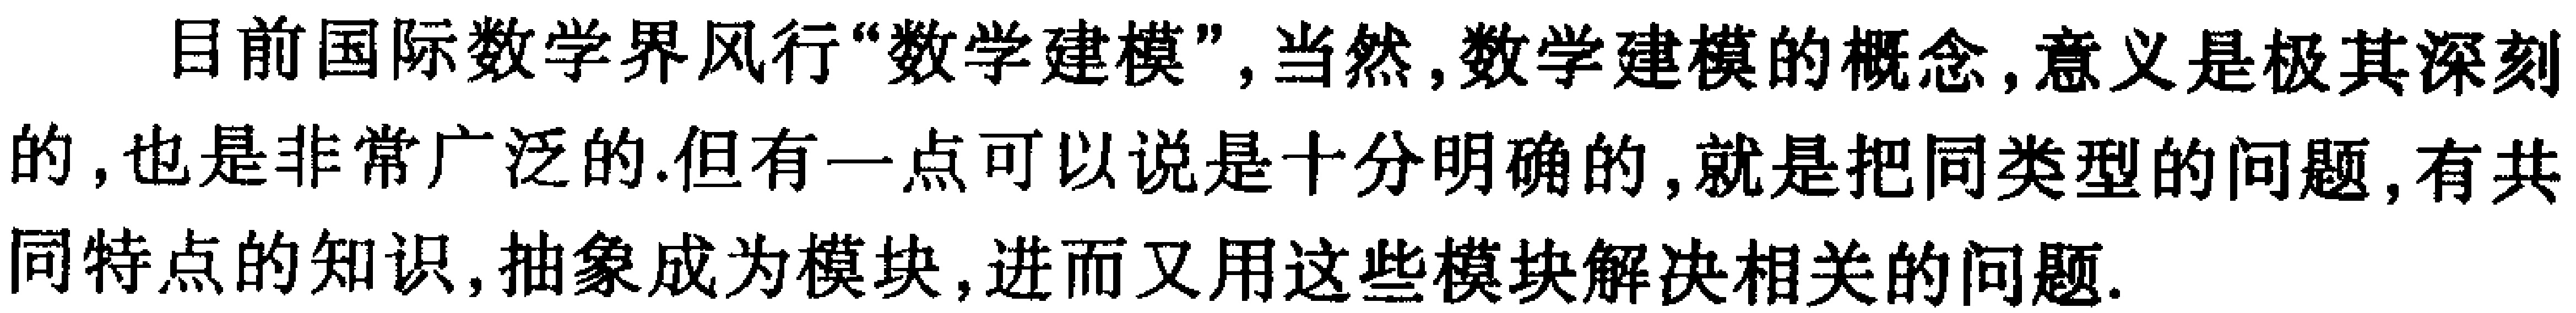
目前国际数学界风行“数学建模”, 当然, 数学建模的概念, 意义是极其深刻的, 也是非常广泛的. 但有一点可以说是十分明确的, 就是把同类型的问题, 有共同特点的知识, 抽象成为模块, 进而又用这些模块解决相关的问题.